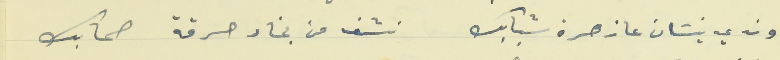
وندي نيسَان عا زهرة شبابك                                   نشف من بخار حرقة صحابك